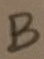
Text: B